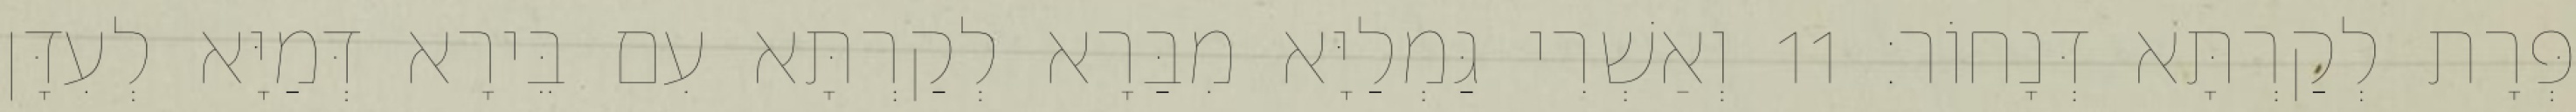
פְּרָת לְקַרְתָּא דְּנָחוֹר׃ 11 וְאַשְׁרִי גַּמְלַיָּא מִבַּרָא לְקַרְתָּא עִם בֵּירָא דְּמַיָּא לְעִדָּן